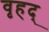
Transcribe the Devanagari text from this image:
वृहद्‌